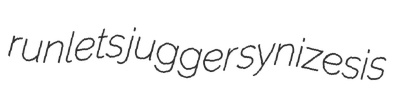
runlets jugger synizesis